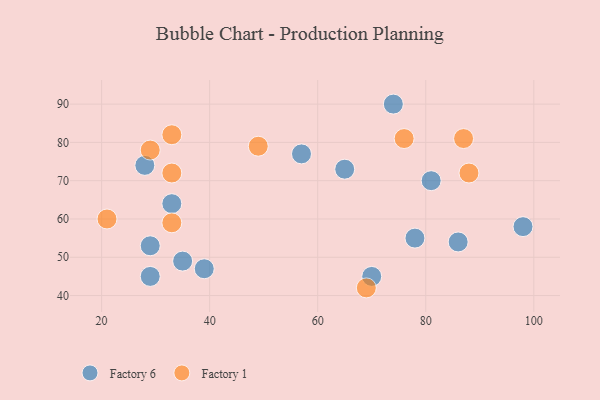
{"axis": {"x": "GDP", "y": "Life Expectancy"}, "legend": ["Factory 1", "Factory 6"], "data": [{"x": "57", "y": 77, "type": "Factory 6"}, {"x": "81", "y": 70, "type": "Factory 6"}, {"x": "28", "y": 74, "type": "Factory 6"}, {"x": "29", "y": 45, "type": "Factory 6"}, {"x": "70", "y": 45, "type": "Factory 6"}, {"x": "98", "y": 58, "type": "Factory 6"}, {"x": "65", "y": 73, "type": "Factory 6"}, {"x": "78", "y": 55, "type": "Factory 6"}, {"x": "33", "y": 64, "type": "Factory 6"}, {"x": "39", "y": 47, "type": "Factory 6"}, {"x": "29", "y": 53, "type": "Factory 6"}, {"x": "35", "y": 49, "type": "Factory 6"}, {"x": "86", "y": 54, "type": "Factory 6"}, {"x": "74", "y": 90, "type": "Factory 6"}, {"x": "49", "y": 79, "type": "Factory 1"}, {"x": "88", "y": 72, "type": "Factory 1"}, {"x": "33", "y": 59, "type": "Factory 1"}, {"x": "29", "y": 78, "type": "Factory 1"}, {"x": "33", "y": 82, "type": "Factory 1"}, {"x": "87", "y": 81, "type": "Factory 1"}, {"x": "21", "y": 60, "type": "Factory 1"}, {"x": "33", "y": 72, "type": "Factory 1"}, {"x": "69", "y": 42, "type": "Factory 1"}, {"x": "76", "y": 81, "type": "Factory 1"}]}